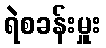
ရဲစခန်းမှူး